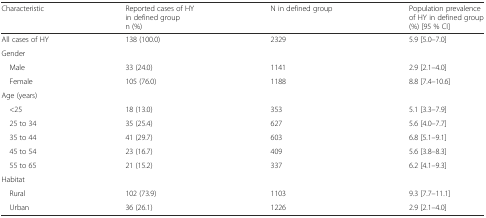
<table><thead><tr><td><b>Characteristic</b></td><td><b>Reported cases of HY in defined groupn (%)</b></td><td><b>N in defined group</b></td><td><b>Population prevalence of HY in defined group(%) [95 % CI]</b></td></tr></thead><tbody><tr><td>All cases of HY</td><td>138 (100.0)</td><td>2329</td><td>5.9 [5.0–7.0]</td></tr><tr><td colspan="4">Gender</td></tr><tr><td> Male</td><td>33 (24.0)</td><td>1141</td><td>2.9 [2.1–4.0]</td></tr><tr><td> Female</td><td>105 (76.0)</td><td>1188</td><td>8.8 [7.4–10.6]</td></tr><tr><td colspan="4">Age (years)</td></tr><tr><td> &lt;25</td><td>18 (13.0)</td><td>353</td><td>5.1 [3.3–7.9]</td></tr><tr><td> 25 to 34</td><td>35 (25.4)</td><td>627</td><td>5.6 [4.0–7.7]</td></tr><tr><td> 35 to 44</td><td>41 (29.7)</td><td>603</td><td>6.8 [5.1–9.1]</td></tr><tr><td> 45 to 54</td><td>23 (16.7)</td><td>409</td><td>5.6 [3.8–8.3]</td></tr><tr><td> 55 to 65</td><td>21 (15.2)</td><td>337</td><td>6.2 [4.1–9.3]</td></tr><tr><td colspan="4">Habitat</td></tr><tr><td> Rural</td><td>102 (73.9)</td><td>1103</td><td>9.3 [7.7–11.1]</td></tr><tr><td> Urban</td><td>36 (26.1)</td><td>1226</td><td>2.9 [2.1–4.0]</td></tr></tbody></table>